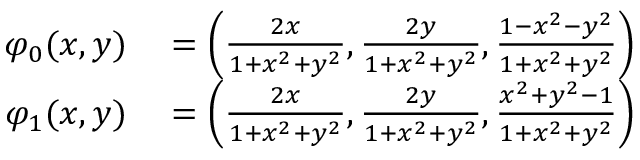
\begin{array} { r l } { \varphi _ { 0 } ( x , y ) } & { { } = \left( { \frac { 2 x } { 1 + x ^ { 2 } + y ^ { 2 } } } , { \frac { 2 y } { 1 + x ^ { 2 } + y ^ { 2 } } } , { \frac { 1 - x ^ { 2 } - y ^ { 2 } } { 1 + x ^ { 2 } + y ^ { 2 } } } \right) } \\ { \varphi _ { 1 } ( x , y ) } & { { } = \left( { \frac { 2 x } { 1 + x ^ { 2 } + y ^ { 2 } } } , { \frac { 2 y } { 1 + x ^ { 2 } + y ^ { 2 } } } , { \frac { x ^ { 2 } + y ^ { 2 } - 1 } { 1 + x ^ { 2 } + y ^ { 2 } } } \right) } \end{array}